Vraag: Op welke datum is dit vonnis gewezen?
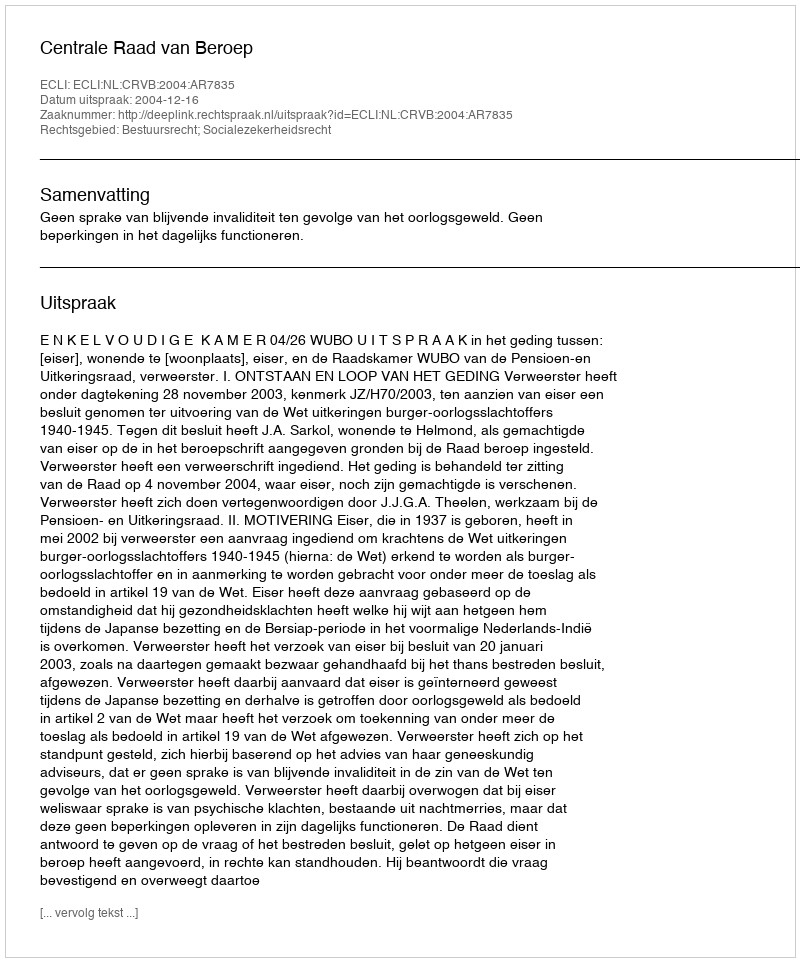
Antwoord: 2004-12-16